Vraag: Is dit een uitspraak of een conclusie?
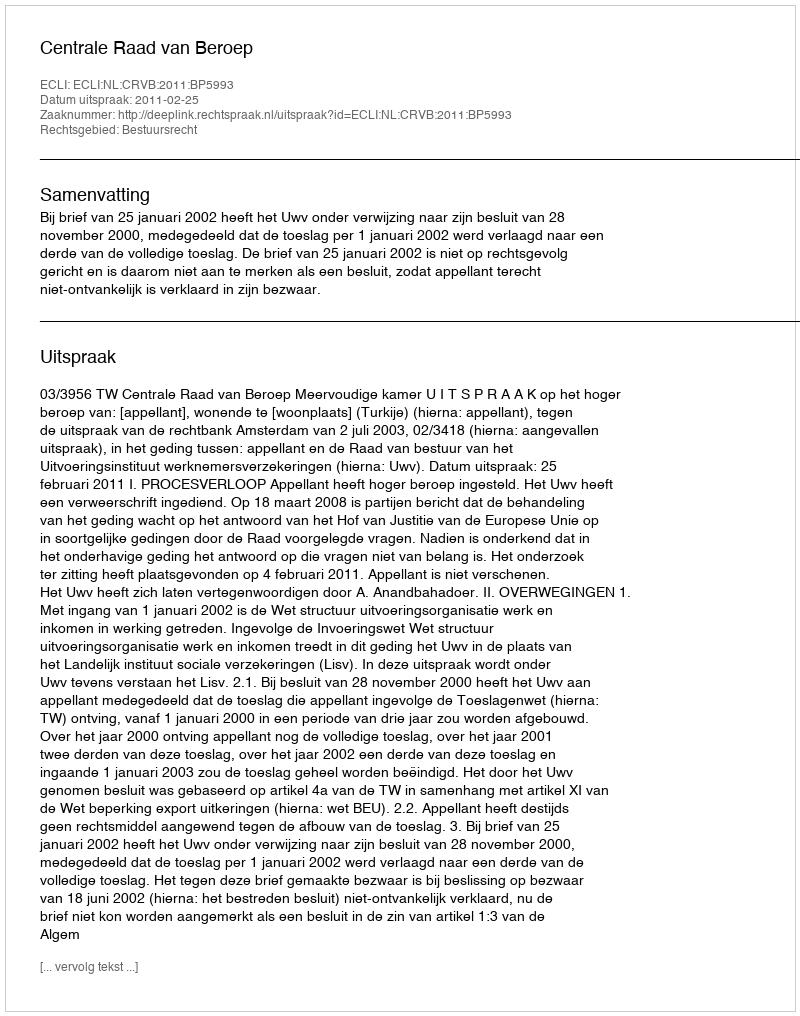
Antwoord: Uitspraak